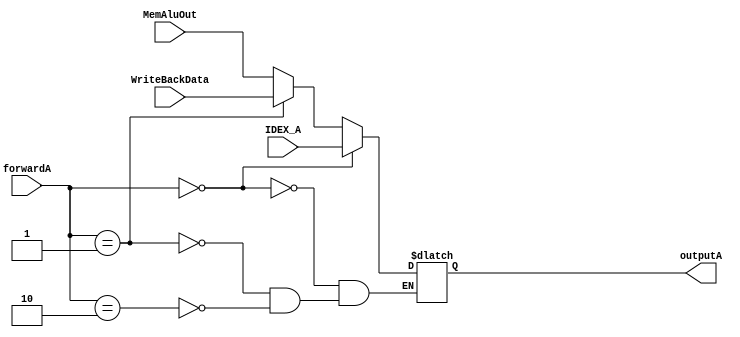
`timescale 1ns / 1ps
//////////////////////////////////////////////////////////////////////////////////
// Company: 
// Engineer: 
// 
// Design Name: 
// Module Name: muxA
// Project Name: 
// Target Devices: 
// Tool Versions: 
// Description: 
// 
// Dependencies: 
// 
// Revision:
// Revision 0.01 - File Created
// Additional Comments:
// 
//////////////////////////////////////////////////////////////////////////////////


module muxA(
outputA,
IDEX_A,
WriteBackData,
MemAluOut,
forwardA
    );
    
    input [31:0] IDEX_A, WriteBackData, MemAluOut;
    input [1:0] forwardA;
    output reg [31:0] outputA;
    reg flag = 1'b0;
    
    always @(*) begin
    if (forwardA == 2'b00) begin
        outputA <= IDEX_A;
    end else if( forwardA == 2'b01) begin
        outputA <= WriteBackData;
        flag = 1'b1;
    end else if (forwardA == 2'b10) begin
        outputA <= MemAluOut;
    end
end


endmodule